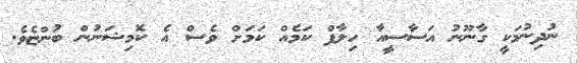
ނުދިނުމަކީ ގާނޫނު އަސާސީއާ ހިލާފް ކަމެއް ކަމަށް ވެސް އެ ކޮމިޝަނުން ބުންޏެވެ.